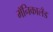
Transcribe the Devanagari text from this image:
मॅनिकालँड